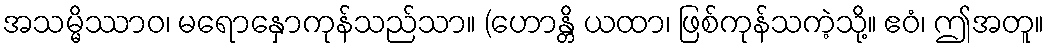
အသမ္မိဿာဝ၊ မရောနှောကုန်သည်သာ။ (ဟောန္တိ ယထာ၊ ဖြစ်ကုန်သကဲ့သို့။ ဧဝံ၊ ဤအတူ။